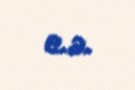
e.ə.